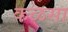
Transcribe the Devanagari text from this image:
कळसा